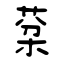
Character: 棻